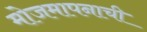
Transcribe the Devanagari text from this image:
मोजमापनाची